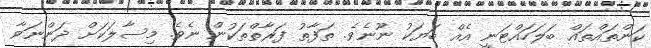
ކަންތައްތައް ބަލަހައްޓަނީ އެއް ބަޔަކު ނޫނެވެ. ތަފާތު ފަރާތްތަކުން ނެވެ. މިސާލަކަށް ދަންނަވާ